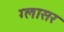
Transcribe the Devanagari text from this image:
ग्लासर